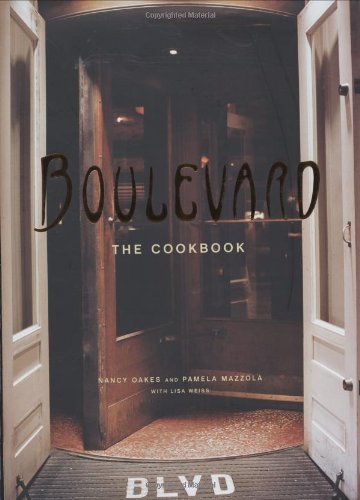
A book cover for Boulevard: The Cookbook; Nancy Oakes; Cookbooks, Food & Wine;